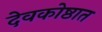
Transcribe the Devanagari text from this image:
देवकोष्ठात